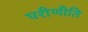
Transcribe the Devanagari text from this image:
परीणीति